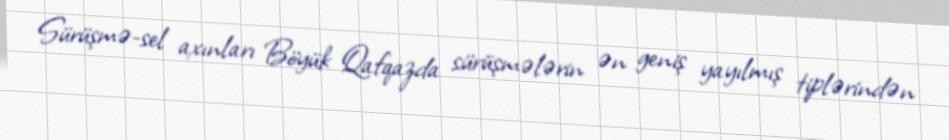
Sürüşmə-sel axınları Böyük Qafqazda sürüşmələrin ən geniş yayılmış tiplərindən